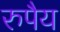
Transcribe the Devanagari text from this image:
रुपैय